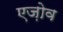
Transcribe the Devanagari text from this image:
एज़ोव